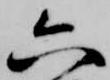
六